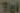
Tel